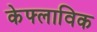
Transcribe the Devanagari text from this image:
केफ्लाविक